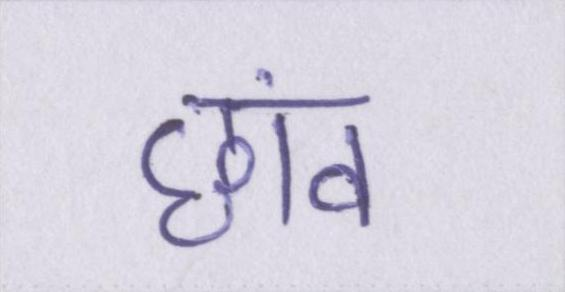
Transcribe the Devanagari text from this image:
छांव